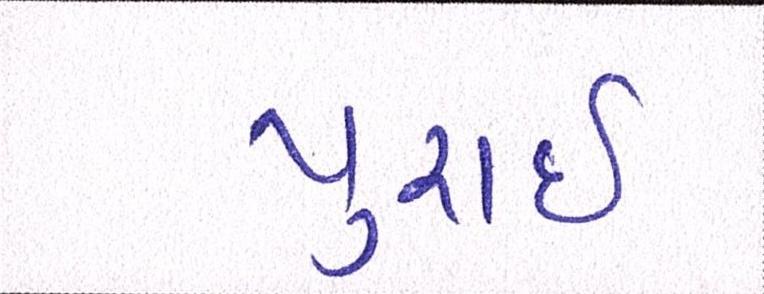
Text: પુરાઈ